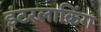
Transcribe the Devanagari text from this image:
इंटरलाकिंग